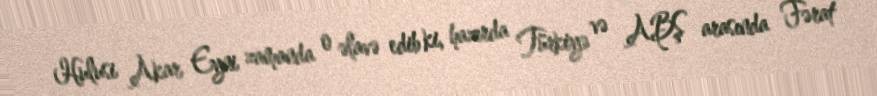
Hulusi Akar Eyni zamanda o əlavə edib ki, hazırda Türkiyə və ABŞ arasında Fərat